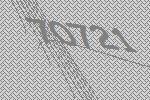
70721